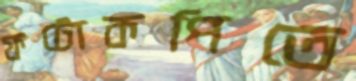
ফটোকপিতে